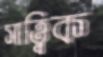
সাত্ত্বিক